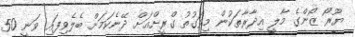
ޔޫރޯ ޒޯންގެ މާލީ އިދާރާތަކުން މިވަގުތު ގްރީށްއަށް ދޭނެކަމަށް ބެލެވިފައި ވަނީ 50